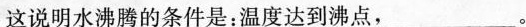
这说明水沸腾的条件是：温度达到沸点，___。